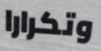
وتكرارا